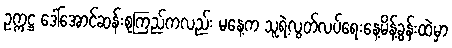
ဥက္ကဋ္ဌ ဒေါ်အောင်ဆန်းစုကြည်ကလည်း မနေ့က သူရဲ့လွတ်လပ်ရေးနေ့မိန့်ခွန်းထဲမှာ